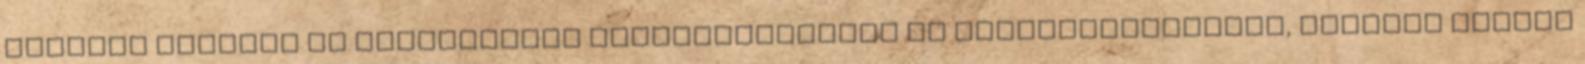
képesek ellépni az illiberális Magyarországtól és Lengyelországtól, illetve készek